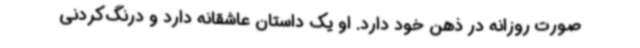
صورت روزانه در ذهن خود دارد. او یک داستان عاشقانه دارد و درنگ‌کردنی